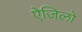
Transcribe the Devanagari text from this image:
ऐजिलो